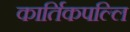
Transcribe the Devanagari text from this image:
कार्तिकपल्लि